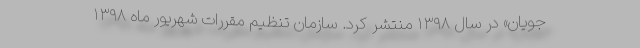
جویان» در سال ۱۳۹۸ منتشر کرد. سازمان تنظیم مقررات شهریور ماه ۱۳۹۸